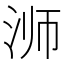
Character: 浉